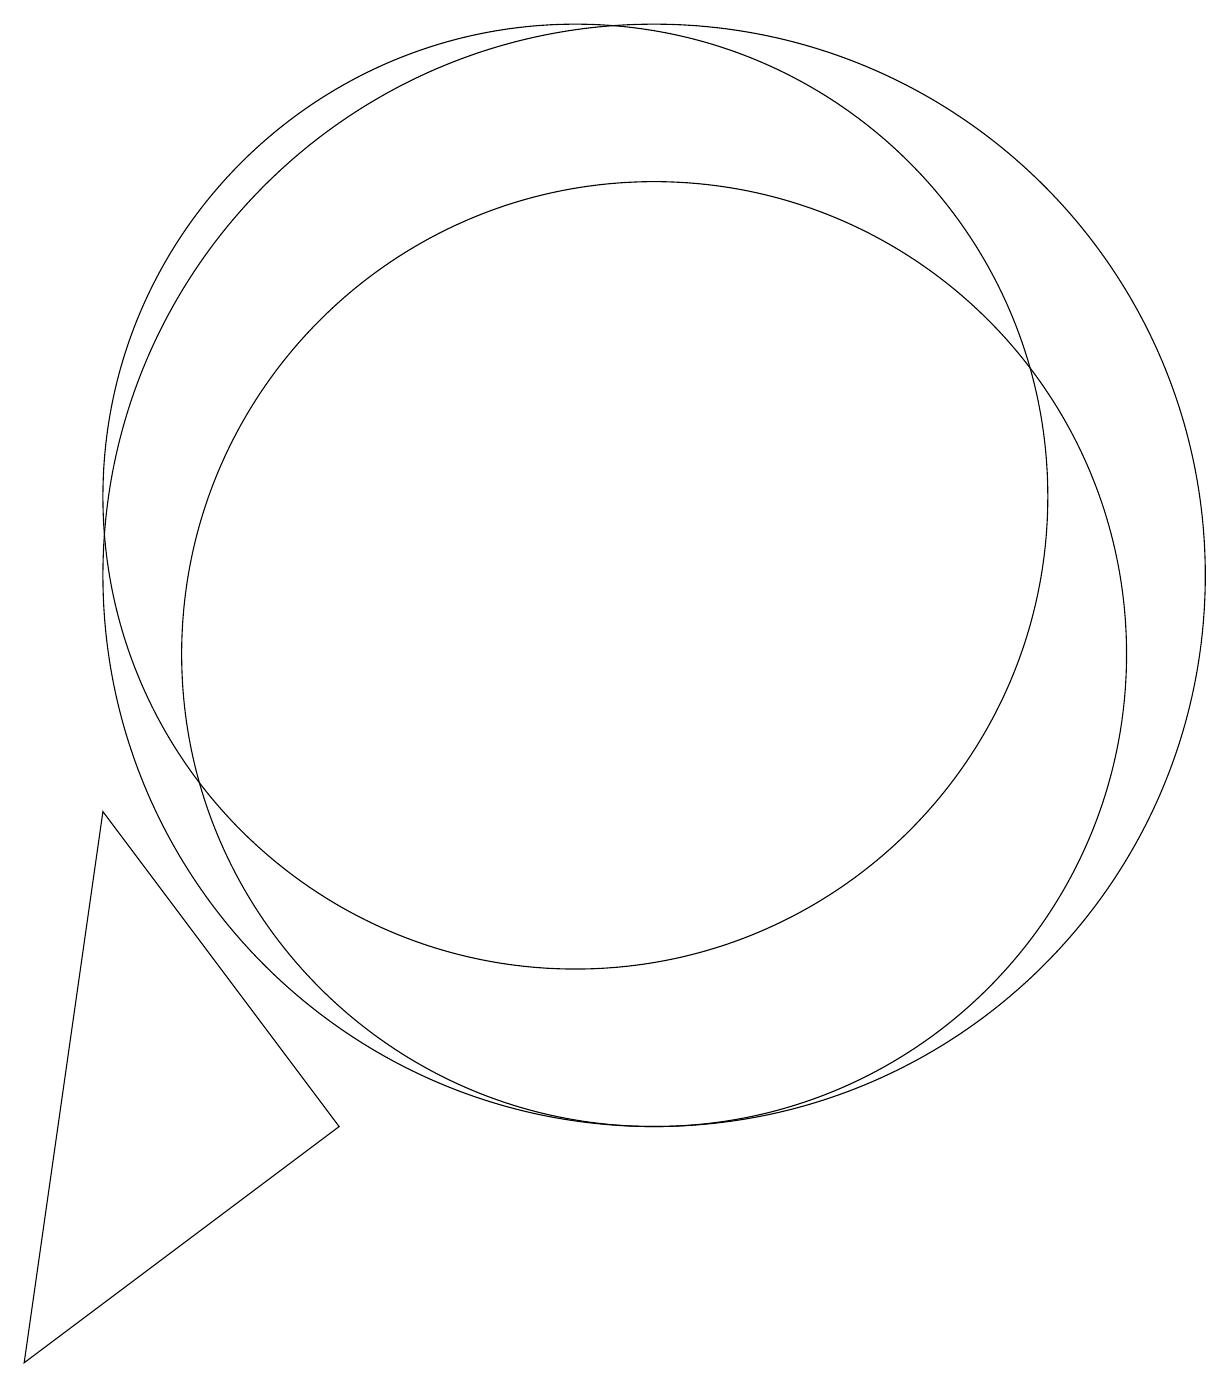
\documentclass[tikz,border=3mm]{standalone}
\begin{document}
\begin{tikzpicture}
\draw (11,10) circle (6);
\draw (3,1) -- (7,4) -- (4,8) -- cycle;
\draw (10,12) circle (6);
\draw (11,11) circle (7);
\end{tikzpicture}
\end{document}